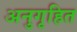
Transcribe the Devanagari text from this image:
अनुगृहित